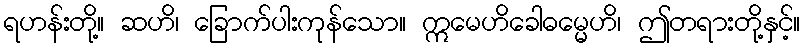
ရဟန်းတို့။ ဆဟိ၊ ခြောက်ပါးကုန်သော။ ဣမေဟိခေါဓမ္မေဟိ၊ ဤတရားတို့နှင့်။